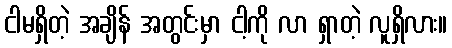
ငါမရှိတဲ့ အချိန် အတွင်းမှာ ငါ့ကို လာ ရှာတဲ့ လူရှိလား။